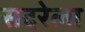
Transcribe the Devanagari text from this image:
सदरेला